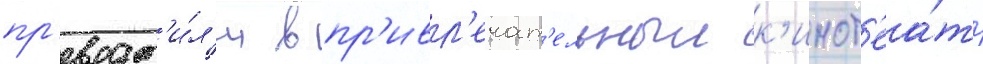
пр'еврат'и́л'и в пр'ивл'екат'ельныи к'инот'еа́тр